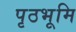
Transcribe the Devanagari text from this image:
पृठभूमि